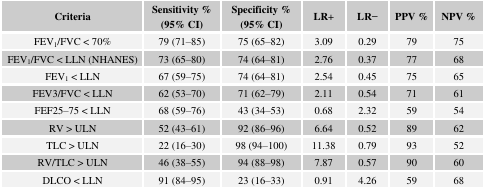
<table><thead><tr><td><b>Criteria</b></td><td><b>Sensitivity % (95% CI)</b></td><td><b>Specificity % (95% CI)</b></td><td><b>LR+</b></td><td><b>LR−</b></td><td><b>PPV %</b></td><td><b>NPV %</b></td></tr></thead><tbody><tr><td>FEV<sub>1</sub>/FVC &lt; 70%</td><td>79 (71–85)</td><td>75 (65–82)</td><td>3.09</td><td>0.29</td><td>79</td><td>75</td></tr><tr><td>FEV<sub>1</sub>/FVC &lt; LLN (NHANES)</td><td>73 (65–80)</td><td>74 (64–81)</td><td>2.76</td><td>0.37</td><td>77</td><td>68</td></tr><tr><td>FEV<sub>1</sub>&lt; LLN</td><td>67 (59–75)</td><td>74 (64–81)</td><td>2.54</td><td>0.45</td><td>75</td><td>65</td></tr><tr><td>FEV3/FVC &lt; LLN</td><td>62 (53–70)</td><td>71 (62–79)</td><td>2.11</td><td>0.54</td><td>71</td><td>61</td></tr><tr><td>FEF25–75 &lt; LLN</td><td>68 (59–76)</td><td>43 (34–53)</td><td>0.68</td><td>2.32</td><td>59</td><td>54</td></tr><tr><td>RV &gt; ULN</td><td>52 (43–61)</td><td>92 (86–96)</td><td>6.64</td><td>0.52</td><td>89</td><td>62</td></tr><tr><td>TLC &gt; ULN</td><td>22 (16–30)</td><td>98 (94–100)</td><td>11.38</td><td>0.79</td><td>93</td><td>52</td></tr><tr><td>RV/TLC &gt; ULN</td><td>46 (38–55)</td><td>94 (88–98)</td><td>7.87</td><td>0.57</td><td>90</td><td>60</td></tr><tr><td>DLCO &lt; LLN</td><td>91 (84–95)</td><td>23 (16–33)</td><td>0.91</td><td>4.26</td><td>59</td><td>68</td></tr></tbody></table>